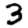
Digit: 3